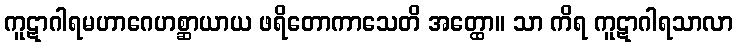
ကူဋာဂါရမဟာဂေဟစ္ဆာယာယ ဖရိတောကာသေတိ အတ္ထော။ သာ ကိရ ကူဋာဂါရသာလာ